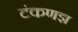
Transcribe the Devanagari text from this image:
टंकणज्ञ